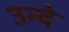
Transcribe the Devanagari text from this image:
उन्दे